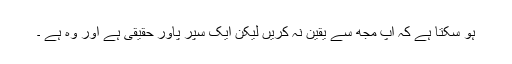
ہو سکتا ہے کہ آپ مجھ سے یقین نہ کریں لیکن ایک سپر پاور حقیقی ہے اور وہ ہے ۔